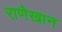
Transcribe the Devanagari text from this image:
राणेखान